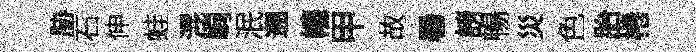
胁石伸蛙混峋泯遡幢甲故暑謗暢災色胎棬